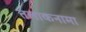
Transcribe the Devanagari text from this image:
तलाकनामा